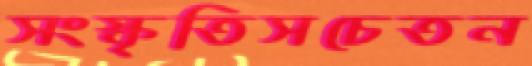
সংস্কৃতিসচেতন